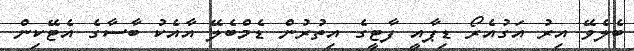
ބެލެވޭ އިރު އަގުއެރޯ ޑިޕާއީ ފާޓީގެ އިތުރުން ޑެމްބެލޭ އާއެކު ބާސާގެ އެޓޭކިން